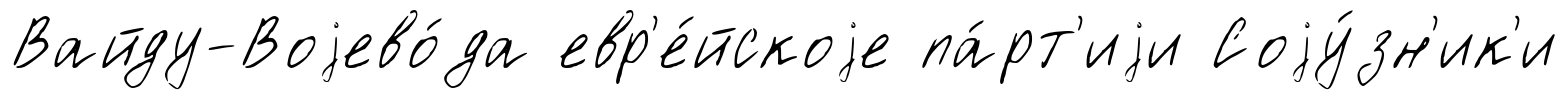
Вайду-Воjево́да евр'е́йскоjе па́рт'иjи Соjу́зн'ик'и